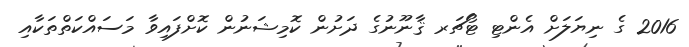
2016 ގެ ނިޔަލަށް އެންޓި ޓޯޗަރ ޤާނޫނުގެ ދަށުން ކޮމިޝަނުން ކޮށްފައިވާ މަސައްކަތްތަކާއި